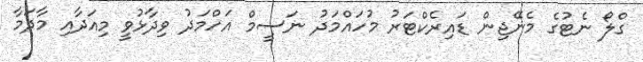
ގްލޯ ނެޓުގެ މެނޭޖިން ޑައިރެކްޓަރު މުހައްމަދު ނަސީމް އަހްމަދު ވިދާޅުވީ މިއަދާއި މާދަމާ